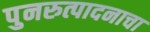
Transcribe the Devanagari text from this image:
पुनरुत्पादनाचा